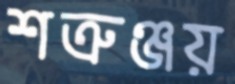
শত্রুঞ্জয়